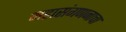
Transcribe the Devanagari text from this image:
महासंगणनाचा